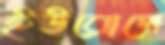
ইউরোপে